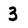
Character: 3